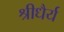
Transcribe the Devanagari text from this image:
श्रीधैर्य